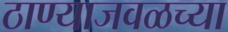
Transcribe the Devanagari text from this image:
ठाण्याजवळच्या